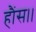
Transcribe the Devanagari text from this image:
हौंस।।